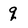
Character: q